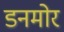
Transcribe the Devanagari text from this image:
डनमोर